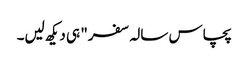
پچاس سالہ سفر" ہی دیکھ لیں۔